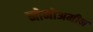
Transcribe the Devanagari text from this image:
मोनोअमीन